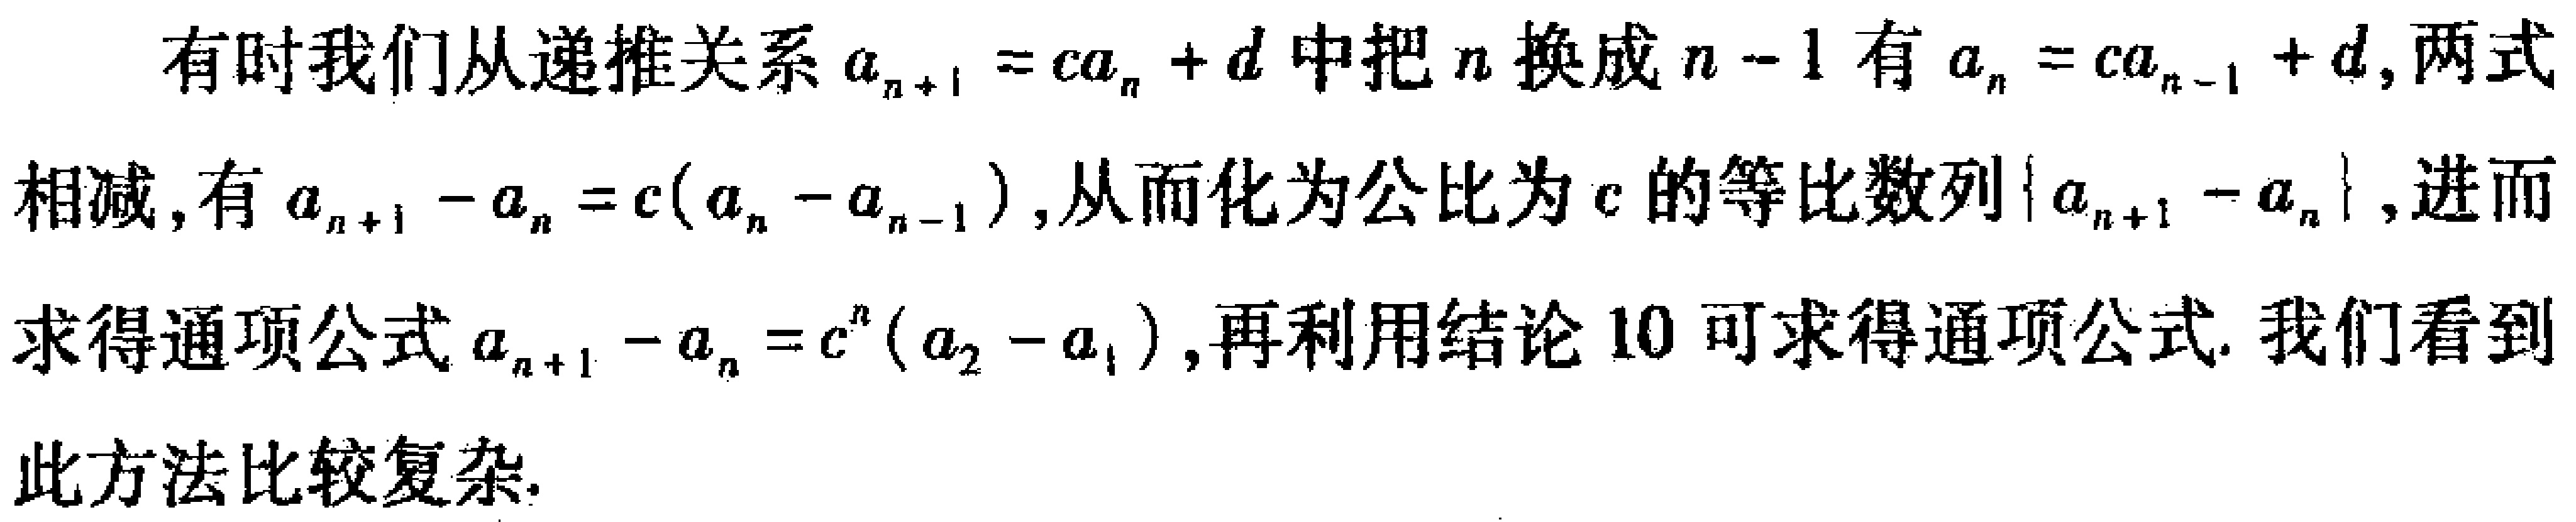
有时我们从递推关系\(a_{n + 1} = ca_{n} + d\)中把\(n\)换成\(n - 1\)有\(a_{n} = ca_{n - 1} + d\), 两式相减, 有\(a_{n + 1} - a_{n} = c(a_{n} - a_{n - 1})\), 从而化为公比为\(c\)的等比数列\(\{ a_{n + 1} - a_{n}\}\), 进而求得通项公式\(a_{n + 1} - a_{n} = c^{n}(a_{2} - a_{1})\), 再利用结论 \(10\) 可求得通项公式. 我们看到此方法比较复杂.